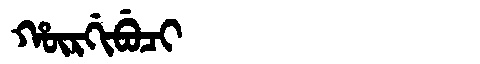
Manchu: ᡥᡡᡵᡤᡳᠪᡠᠴᡳ
Romanization: HŪRGIBUCI